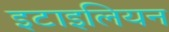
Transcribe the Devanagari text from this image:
इटाइलियन